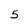
Character: 5